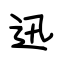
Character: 迅